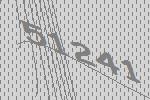
51241